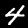
Label: 4